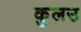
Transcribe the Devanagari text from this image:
कुलउ